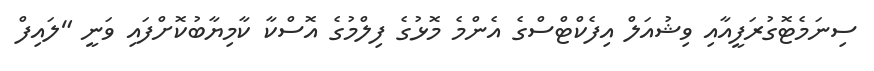
ސިނަމެޓޮގުރަފީއާއި ވިޝުއަލް އިފެކްޓްސްގެ އެންމެ މޮޅުގެ ފިލްމުގެ އޮސްކާ ކާމިޔާބުކޮށްފައި ވަނީ "ލައިފް